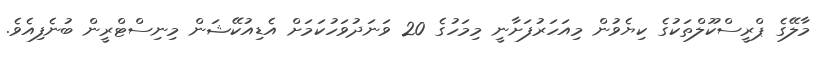
މާލޭގެ ޕްރީސްކޫލްތަކުގެ ކިޔެވުން މިއަހަރުފަށާނީ މިމަހުގެ 20 ވަނަދުވަހުކަމަށް އެޑިއުކޭޝަން މިނިސްޓްރީން ބުނެފިއެވެ.